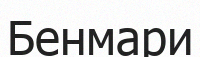
Бенмари